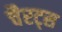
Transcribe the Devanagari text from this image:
चैरट्स